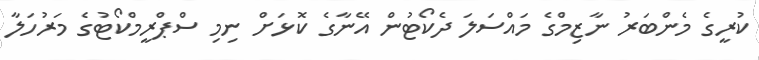
ކުރީގެ މެންބަރު ނާޒިމްގެ މައްސަލަ ދެކޯޓުން އޭނާގެ ކޮޅަށް ނިމި ސްޕްރީމްކޯޓުގެ މަރުހަލާ